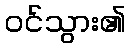
ဝင်သွား၏